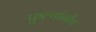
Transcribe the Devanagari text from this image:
फुल्यांनीव